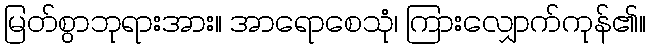
မြတ်စွာဘုရားအား။ အာရောစေသုံ၊ ကြားလျှောက်ကုန်၏။